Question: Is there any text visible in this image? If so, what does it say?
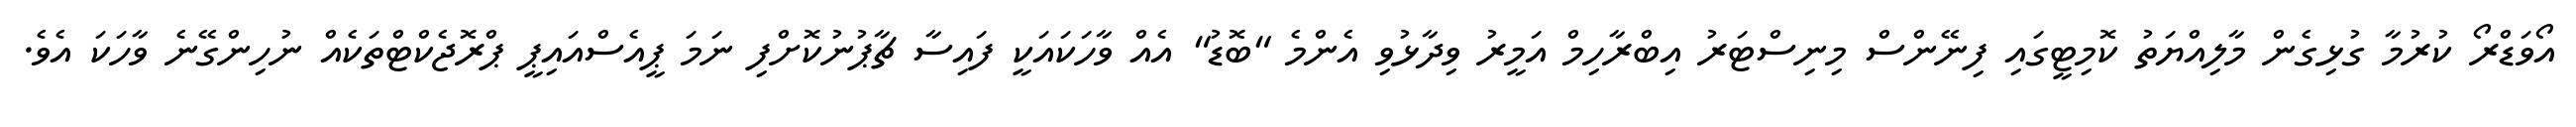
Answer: އޯވަޑްރޯ ކުރުމާ ގުޅިގެން މާލިއްޔަތު ކޮމިޓީގައި ފިނޭންސް މިނިސްޓަރު އިބްރާހިމް އަމީރު ވިދާޅުވި އެންމެ "ބޮޑު" އެއް ވާހަކައަކީ ފައިސާ ޗާޕުނުކޮށްފި ނަމަ ޕީއެސްއައިޕީ ޕްރޮޖެކްޓްތަކެއް ނުހިންގޭނެ ވާހަކަ އެވެ.